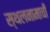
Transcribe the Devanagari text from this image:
स्थलनामाची